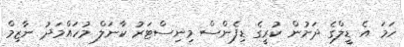
ހަމަ އެ ޑީލްގެ ދަށުން ކުރީގެ ޑިފެންސް މިނިސްޓަރު ކާނަލް މުހައްމަދު ނާޒިމް